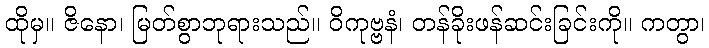
ထိုမှ။ ဇိနော၊ မြတ်စွာဘုရားသည်။ ဝိကုဗ္ဗနံ၊ တန်ခိုးဖန်ဆင်းခြင်းကို။ ကတွာ၊